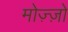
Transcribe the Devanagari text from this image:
मोज़्ज़ो